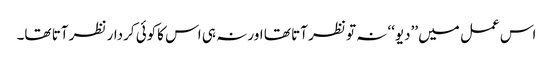
اس عمل میں ’’دیو‘‘ نہ تو نظر آتا تھا اور نہ ہی اس کاکوئی کردار نظر آتا تھا۔